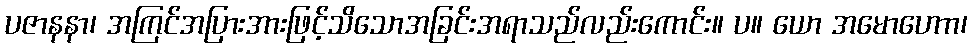
ပဇာနနာ၊ အကြင်အပြားအားဖြင့်သိသောအခြင်းအရာသည်လည်းကောင်း။ ပ။ ယော အမောဟောာ၊